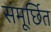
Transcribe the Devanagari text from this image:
संमूर्छित